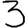
Digit: 3